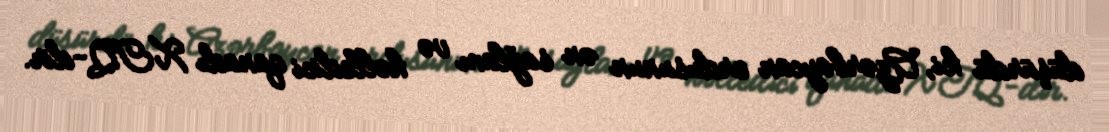
düşürdü ki, Azərbaycan ordusunun ən sağlam və həlledici qanadı XTQ-dir.